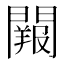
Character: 𨶔